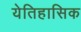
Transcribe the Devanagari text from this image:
येतिहासिक